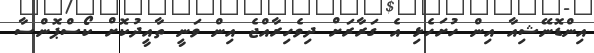
އިންޑޮނޭޝިއާ އިން ހުށަހެޅި އެ ގަރާރަށް ދިވެހިރާއްޖެ އިން ވަނީ ތާއީދުކޮށް ކޯސްޕޮންސާ